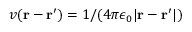
v ( \mathbf { r } - \mathbf { r } ^ { \prime } ) = 1 / ( 4 \pi \epsilon _ { 0 } | \mathbf { r } - \mathbf { r } ^ { \prime } | )